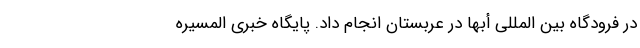
در فرودگاه بین المللی أبها در عربستان انجام داد. پایگاه خبری المسیره